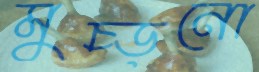
মুচ্‌ড়নো